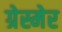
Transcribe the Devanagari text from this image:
ग्रेस्मेर